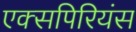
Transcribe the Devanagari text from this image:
एक्सपिरियंस